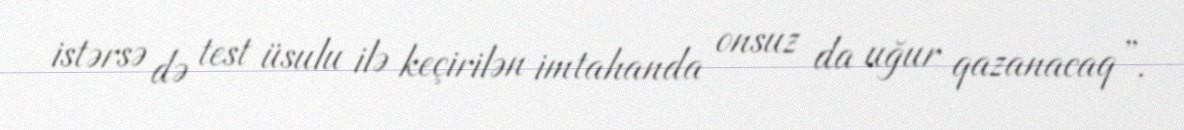
istərsə də test üsulu ilə keçirilən imtahanda onsuz da uğur qazanacaq”.